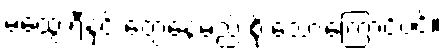
မထွေးရီနှင့် တွေ့နေမည် စိုးသောကြောင့်ပင်။